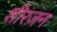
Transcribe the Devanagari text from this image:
शीरज़न